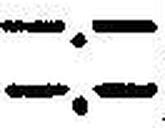
—.—